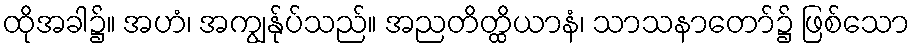
ထိုအခါ၌။ အဟံ၊ အကျွန်ုပ်သည်။ အညတိတ္ထိယာနံ၊ သာသနာတော်၌ ဖြစ်သော